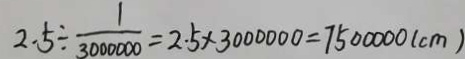
2 . 5 \div \frac { 1 } { 3 0 0 0 0 0 0 } = 2 . 5 \times 3 0 0 0 0 0 0 = 7 5 0 0 0 0 0 ( c m )